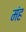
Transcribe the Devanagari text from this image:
मंह